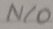
Text: N/O